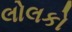
લોલકો